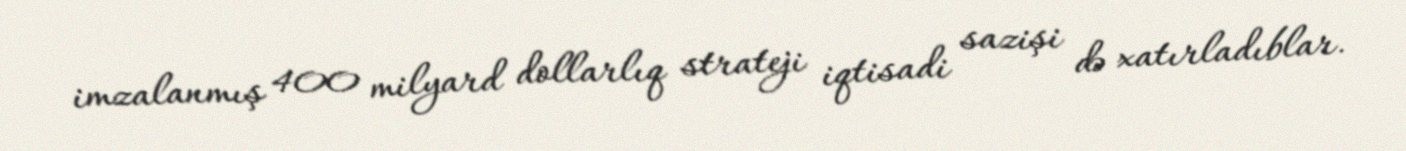
imzalanmış 400 milyard dollarlıq strateji iqtisadi sazişi də xatırladıblar.